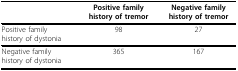
<table><thead><tr><td></td><td><b>Positive familyhistory of tremor</b></td><td><b>Negative familyhistory of tremor</b></td></tr></thead><tbody><tr><td>Positive familyhistory of dystonia</td><td>98</td><td>27</td></tr><tr><td>Negative familyhistory of dystonia</td><td>365</td><td>167</td></tr></tbody></table>